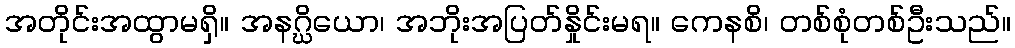
အတိုင်းအထွာမရှိ။ အနဂ္ဃိယော၊ အဘိုးအပြတ်နှိုင်းမရ။ ကေနစိ၊ တစ်စုံတစ်ဦးသည်။